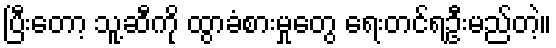
ပြီးတော့ သူ့ဆီကို ထွာခံစားမှုတွေ ရေးတင်ရဦးမည်တဲ့။